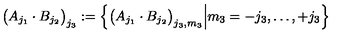
\big ( A _ { j _ { 1 } } \cdot B _ { j _ { 2 } } \big ) _ { j _ { 3 } } : = \left\{ \big ( A _ { j _ { 1 } } \cdot B _ { j _ { 2 } } \big ) _ { j _ { 3 } , m _ { 3 } } \Big | m _ { 3 } = - j _ { 3 } , \dots , + j _ { 3 } \right\}